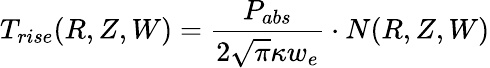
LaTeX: T_{rise}(R,Z,W)=\frac{P_{abs}}{2\sqrt{\pi}\kappa w_{e}}\cdot N(R,Z,W)